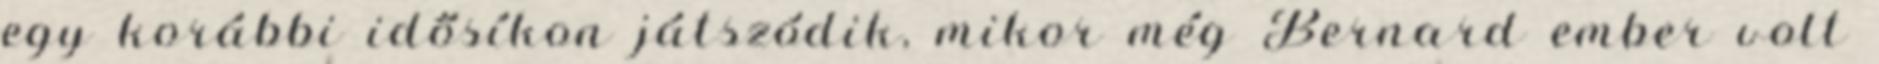
egy korábbi idősíkon játszódik, mikor még Bernard ember volt